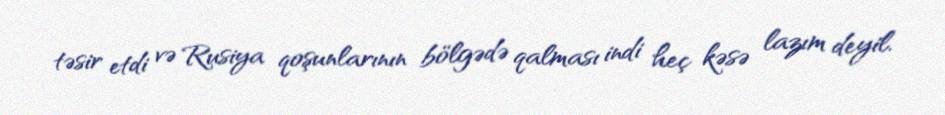
təsir etdi və Rusiya qoşunlarının bölgədə qalması indi heç kəsə lazım deyil.